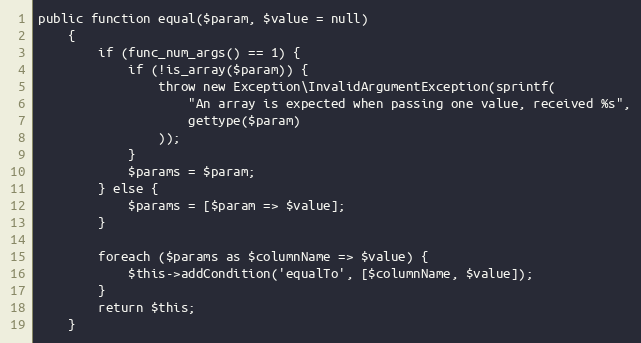
Language: PHP
public function equal($param, $value = null)
    {
        if (func_num_args() == 1) {
            if (!is_array($param)) {
                throw new Exception\InvalidArgumentException(sprintf(
                    "An array is expected when passing one value, received %s",
                    gettype($param)
                ));
            }
            $params = $param;
        } else {
            $params = [$param => $value];
        }

        foreach ($params as $columnName => $value) {
            $this->addCondition('equalTo', [$columnName, $value]);
        }
        return $this;
    }